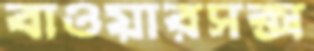
বাওয়ারসক্স